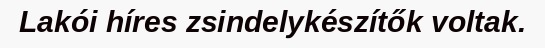
Lakói híres zsindelykészítők voltak.